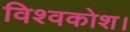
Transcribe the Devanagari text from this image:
विश्वकोश।